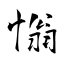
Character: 慃